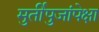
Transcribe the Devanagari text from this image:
मुर्तीपुजांपेक्षा